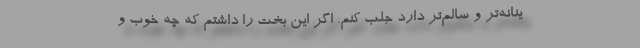
ینانه‌تر و سالم‌تر دارد جلب کنم. اگر این بخت را داشتم که چه خوب و